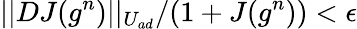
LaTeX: ||DJ(g^{n})||_{U_{ad}}/(1+J(g^{n}))<\epsilon